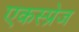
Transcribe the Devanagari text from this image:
एकस्प्रेज